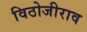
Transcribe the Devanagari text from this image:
विठोजीराव